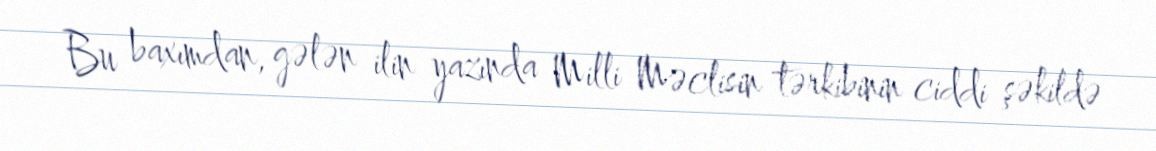
Bu baxımdan, gələn ilin yazında Milli Məclisin tərkibinin ciddi şəkildə